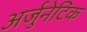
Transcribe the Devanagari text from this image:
अर्जुनेटिक